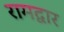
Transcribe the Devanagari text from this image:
रामद्वार